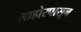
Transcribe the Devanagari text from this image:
लाहोरपासून